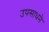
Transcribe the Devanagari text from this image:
उपसाधने